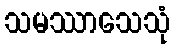
သမဿာသေသုံ